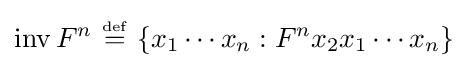
\operatorname {inv} F^{n}\ {\overset {\underset {\mathrm {def} }{}}{=}}\ \{x_{1}\cdots x_{n}:F^{n}x_{2}x_{1}\cdots x_{n}\}